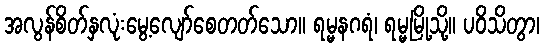
အလွန်စိတ်နှလုံးမွေ့လျော်စေတတ်သော။ ရမ္မနဂရံ၊ ရမ္မမြို့သို့။ ပဝိသိတွာ၊